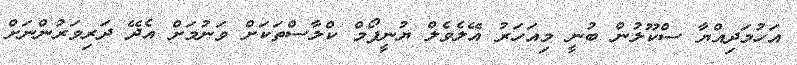
އަހުމަދިއްޔާ ސްކޫލުން ބުނީ މިއަހަރު އޭލެވެލް ޔުނީފޯމް ކްލާސްތަކަށް ވަނުމަށް އެދޭ ދަރިވަރުންނަށް